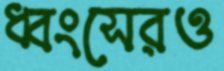
ধ্বংসেরও